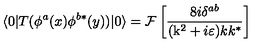
\langle 0 | T ( \phi ^ { a } ( x ) \phi ^ { b * } ( y ) ) | 0 \rangle = { \cal F } \left[ \frac { 8 i \delta ^ { a b } } { ( \mathrm { k } ^ { 2 } + i \varepsilon ) k k ^ { * } } \right]